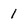
Character: 1